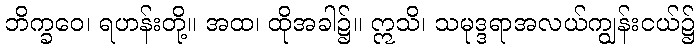
ဘိက္ခဝေ၊ ရဟန်းတို့။ အထ၊ ထိုအခါ၌။ ဣသိ၊ သမုဒ္ဒရာအလယ်ကျွန်းငယ်၌